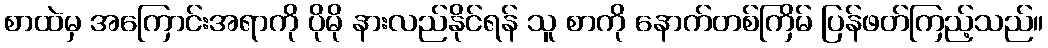
စာထဲမှ အကြောင်းအရာကို ပိုမို နားလည်နိုင်ရန် သူ စာကို နောက်တစ်ကြိမ် ပြန်ဖတ်ကြည့်သည်။